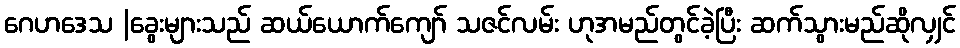
ဂေဟဒေသ |ခွေးများသည် ဆယ်ယောက်ကျော် သဇင်လမ်း ဟုအမည်တွင်ခဲ့ပြီး ဆက်သွားမည်ဆိုလျှင်